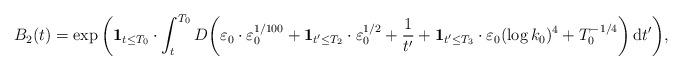
LaTeX: \begin{align*}B_2(t)=\exp\bigg(\mathbf{1}_{t\leq T_0}\cdot\int_{t}^{T_0}D\bigg(\varepsilon_0\cdot\varepsilon_0^{1/100}+\mathbf{1}_{t'\leq T_2}\cdot\varepsilon_0^{1/2}+\frac{1}{t'}+\mathbf{1}_{t'\leq T_3}\cdot\varepsilon_0(\log k_0)^4+T_0^{-1/4}\bigg)\,\mathrm{d}t'\bigg),\end{align*}